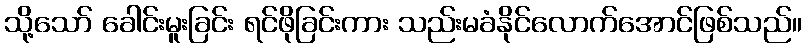
သို့သော် ခေါင်းမူးခြင်း ရင်ဖိုခြင်းကား သည်းမခံနိုင်လောက်အောင်ဖြစ်သည်။